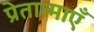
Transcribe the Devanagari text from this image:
प्रेतात्माएँ